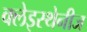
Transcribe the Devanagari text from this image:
क्लेइस्थेनीज